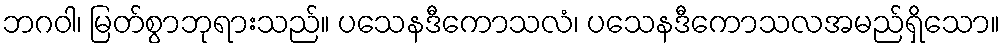
ဘဂဝါ၊ မြတ်စွာဘုရားသည်။ ပသေနဒီကောသလံ၊ ပသေနဒီကောသလအမည်ရှိသော။